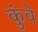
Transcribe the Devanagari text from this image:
कुंवे